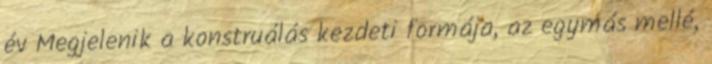
év Megjelenik a konstruálás kezdeti formája, az egymás mellé,